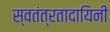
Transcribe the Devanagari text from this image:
स्वतंत्रतादायिनी